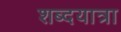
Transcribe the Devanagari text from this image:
शब्दयात्रा